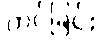
တင်ခြင်း